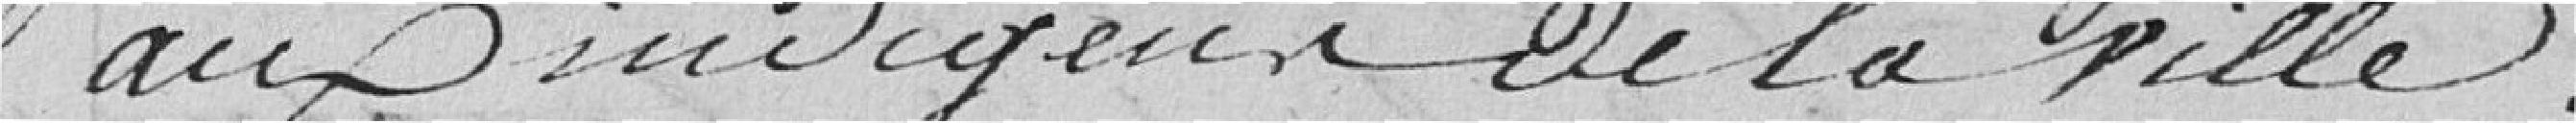
aux indigences de la Ville.